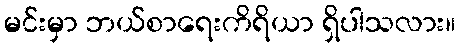
မင်းမှာ ဘယ်စာရေးကိရိယာ ရှိပါသလား။